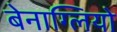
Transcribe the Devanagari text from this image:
बेनाग्लियो